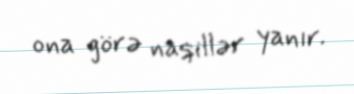
ona görə naqillər yanır.